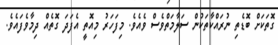
ގޮތަކަށް ބޮޑެތި ނުރައްކާތަކުން ސަލާމަތްވެސް ވެއެވެ. މިފަހަރު މިއޮތީ އެފަދަ ގޮތެއް ދިމާވެފައެވެ.